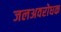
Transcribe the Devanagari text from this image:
जलअवरोधक